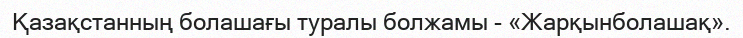
Қазақстанның болашағы туралы болжамы - «Жарқынболашақ».